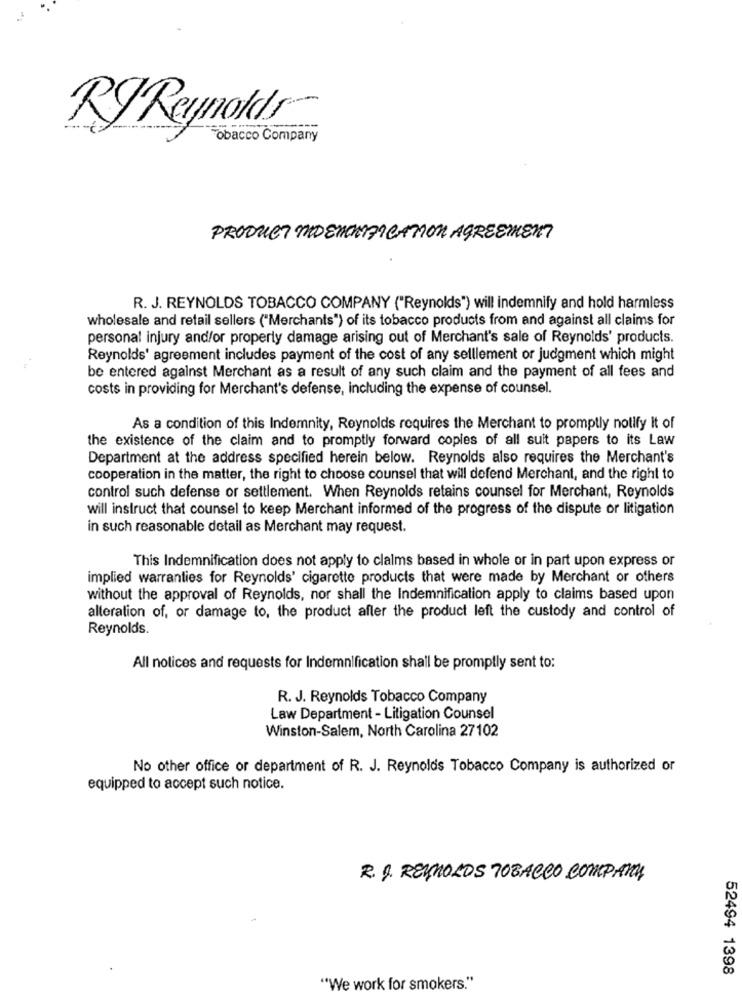
RT Reynolds~
obacco Company
PRODUCT MO ENCHFICATION AGREEMENT
R. J. REYNOLDS TOBACCO COMPANY ("Reynolds") will indemnify and hold harmless
wholesale and retail sellers ("Merchants") of its tobacco products from and against all claims for
personal injury and/or properly damage arising out of Merchant's sale of Reynolds' products.
Reynolds' agreement includes payment of the cost of any selllement or judgment which might
be entered against Merchant as a result of any such claim and the payment of all fees and
costs in providing for Merchant's defense, including the expense of counsel.
As a condition of this Indemnity, Reynolds requires the Merchant to promptly notify it of
the existence of the claim and to promptly forward copies of all suit papers to its Law
Department at the address specified herein below. Reynolds also requires the Merchant's
cooperation in the matter, the right to choose counsel that will defend Merchant, and the right to
control such defense or settlement. When Reynolds retains counsel for Merchant, Reynolds
will instruct that counsel to keep Merchant informed of the progress of the dispute or litigation
in such reasonable detail as Merchant may request.
This Indemnification does not apply to claims based in whole or in part upon express or
implied warranties for Reynolds' cigarette products that were made by Merchant or others
without the approval of Reynolds, nor shall the Indemnification apply to claims based upon
alteration of, or damage to, the product after the product left the custody and control of
Reynolds.
All notices and requests for Indemnification shall be promptly sent to:
R. J. Reynolds Tobacco Company
Law Department - Litigation Counsel
Winston-Salem, North Carolina 27102
No other office or department of R. J. Reynolds Tobacco Company is authorized or
equipped to accept such notice.
R. J. REYNOLDS TOBACCO COMPRAMOS
52494 1398
"We work for smokers."